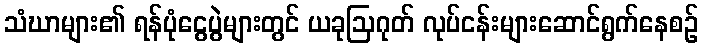
သံဃာများ၏ ရန်ပုံငွေပွဲများတွင် ယခုဩဂုတ် လုပ်ငန်းများဆောင်ရွက်နေစဉ်